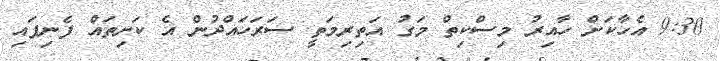
9:30 އެހާކަށް ހާއިރު މިސްކިތް މަގު އަތިރިމަތީ ސަރަހައްދުން އެ ކަށިތައް ފެނިފައި